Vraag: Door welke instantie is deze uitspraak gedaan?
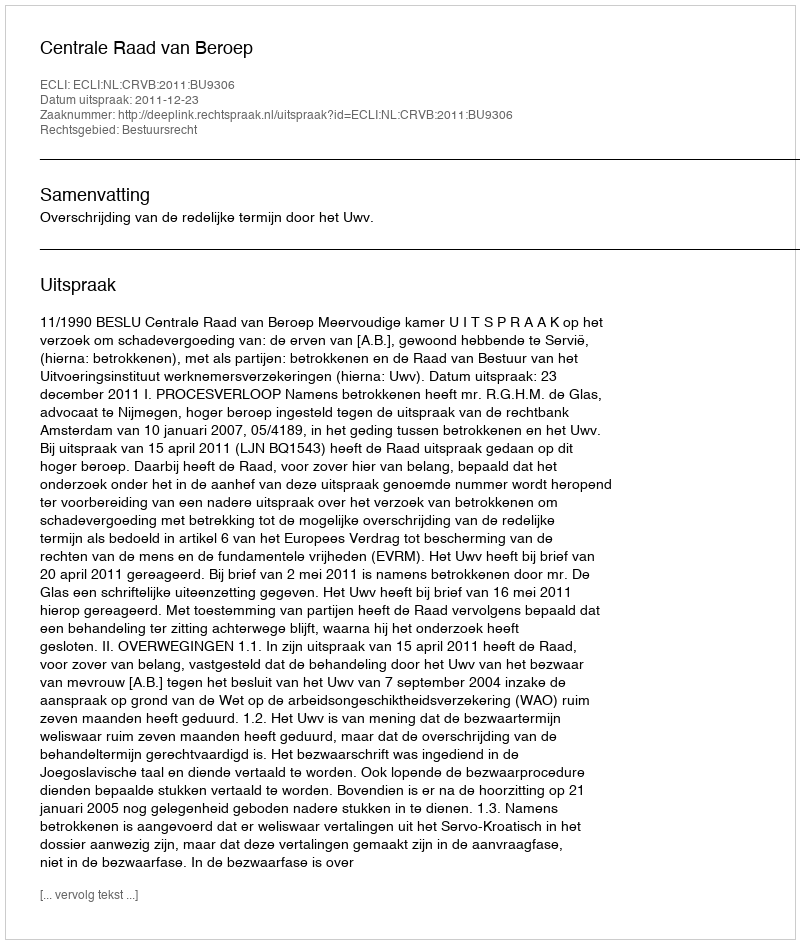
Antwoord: Centrale Raad van Beroep